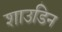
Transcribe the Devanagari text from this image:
शाउडिन